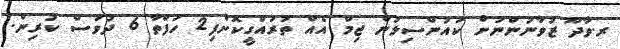
ރ.ވާދޫ ޒުވާނުންނަށް ކައުންސިލުން ޖިމް އެއް ތަރައްގީކޮށްފި2 ހަފްތާ 6 ދުވަސް ކުރިން.